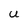
Character: u